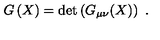
G \left( X \right) = \det \left( G _ { \mu \nu } ( X ) \right) \ .